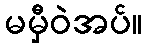
မမှီဝဲအပ်။